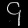
Digit: ၄